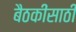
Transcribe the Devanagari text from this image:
बैठकींसाठी